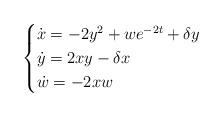
LaTeX: \begin{align*}\begin{cases}\dot{x}=-2y^{2}+we^{-2t}+\delta y\\\dot{y}=2xy-\delta x\\\dot{w}=-2xw\end{cases}\end{align*}